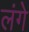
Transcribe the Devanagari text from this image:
लंगे